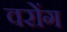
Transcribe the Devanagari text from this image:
वरोंग